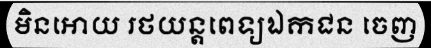
មិនអោយ រថយន្តពេទ្យឯកជន ចេញ